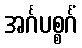
အင်္ဂပစ္စင်္ဂံ